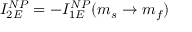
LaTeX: I _ { 2 E } ^ { N P } = - I _ { 1 E } ^ { N P } ( m _ { s } \rightarrow m _ { f } )